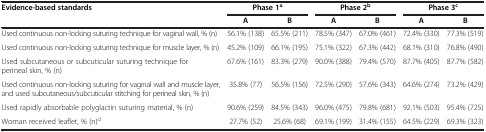
| Evidence-based standards | <COLSPAN=2> Phase 1a | <COLSPAN=2> Phase 2b | <COLSPAN=2> Phase 3c |
 |  | A | B | A | B | A | B |
 | --- | --- | --- | --- | --- | --- | --- |
 | Used continuous non-locking suturing technique for vaginal wall, % (n) | 56.1% (138) | 65.5% (211) | 78.5% (347) | 67.0% (461) | 72.4% (330) | 77.3% (519) |
 | Used continuous non-locking suturing technique for muscle layer, % (n) | 45.2% (109) | 66.1% (195) | 75.1% (322) | 67.3% (442) | 68.1% (310) | 76.8% (490) |
 | Used subcutaneous or subcuticular suturing technique for perineal skin, % (n) | 67.6% (161) | 83.3% (279) | 90.0% (388) | 79.4% (570) | 87.7% (405) | 87.7% (582) |
 | Used continuous non-locking suturing for vaginal wall and muscle layer, and used subcutaneous/subcuticular stitching for perineal skin, % (n) | 35.8% (77) | 56.5% (156) | 72.5% (290) | 57.6% (343) | 64.6% (274) | 73.2% (429) |
 | Used rapidly absorbable polyglactin suturing material, % (n) | 90.6% (259) | 84.5% (343) | 96.0% (475) | 79.8% (681) | 92.1% (503) | 95.4% (725) |
 | Woman received leaflet, % (n)d | 27.7% (52) | 25.6% (68) | 69.1% (199) | 31.4% (155) | 64.5% (229) | 69.3% (323) |